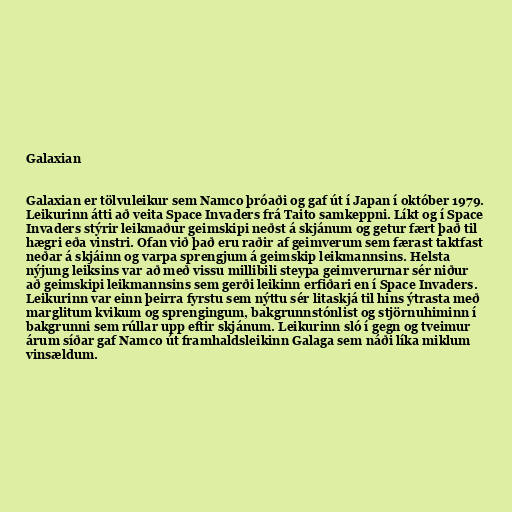
Galaxian

Galaxian er tölvuleikur sem Namco þróaði og gaf út í Japan í október 1979.
Leikurinn átti að veita Space Invaders frá Taito samkeppni. Líkt og í Space
Invaders stýrir leikmaður geimskipi neðst á skjánum og getur fært það til
hægri eða vinstri. Ofan við það eru raðir af geimverum sem færast taktfast
neðar á skjáinn og varpa sprengjum á geimskip leikmannsins. Helsta
nýjung leiksins var að með vissu millibili steypa geimverurnar sér niður
að geimskipi leikmannsins sem gerði leikinn erfiðari en í Space Invaders.
Leikurinn var einn þeirra fyrstu sem nýttu sér litaskjá til hins ýtrasta með
marglitum kvikum og sprengingum, bakgrunnstónlist og stjörnuhiminn í
bakgrunni sem rúllar upp eftir skjánum. Leikurinn sló í gegn og tveimur
árum síðar gaf Namco út framhaldsleikinn Galaga sem náði líka miklum
vinsældum.